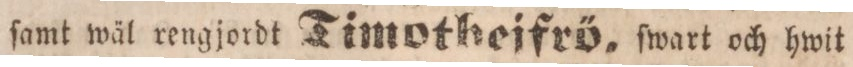
ſamt wäl rengjordt Timothejfrö, ſwart och hwit